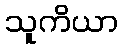
သူကိယာ